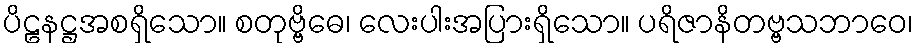
ပိဠနဋ္ဌအစရှိသော။ စတုဗ္ဗိဓေ၊ လေးပါးအပြားရှိသော။ ပရိဇာနိတဗ္ဗသဘာဝေ၊